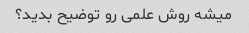
میشه روش علمی رو توضیح بدید؟